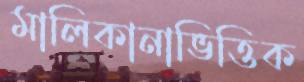
মালিকানাভিত্তিক